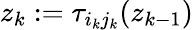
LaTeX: z_{k}:=\tau_{i_{k}j_{k}}(z_{k-1})